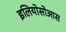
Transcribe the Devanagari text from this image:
इलियोसोआस